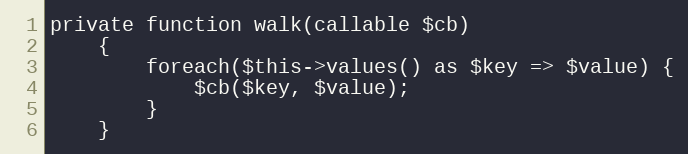
Language: PHP
private function walk(callable $cb)
    {
        foreach($this->values() as $key => $value) {
            $cb($key, $value);
        }
    }